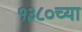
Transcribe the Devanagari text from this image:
१३८०च्या